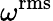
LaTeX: {{\omega}^{\mathrm{{rms}}}}